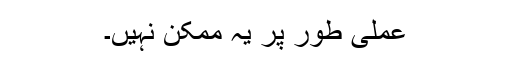
عملی طور پر یہ ممکن نہیں۔